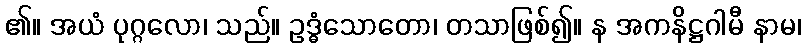
၏။ အယံ ပုဂ္ဂလော၊ သည်။ ဥဒ္ဓံသောတော၊ တသာဖြစ်၍။ န အကနိဋ္ဌဂါမီ နာမ၊